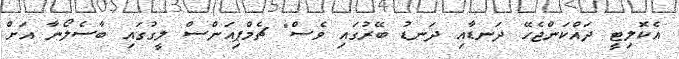
އެކޮލިޓީ ދައްކަންޖެހޭ ދަނޑާއި ދަނޑު ބޭރުގައި ވެސް" ޗެމްޕިއަންސް ލީގުގައި ބާސެލޯނާ އަށް